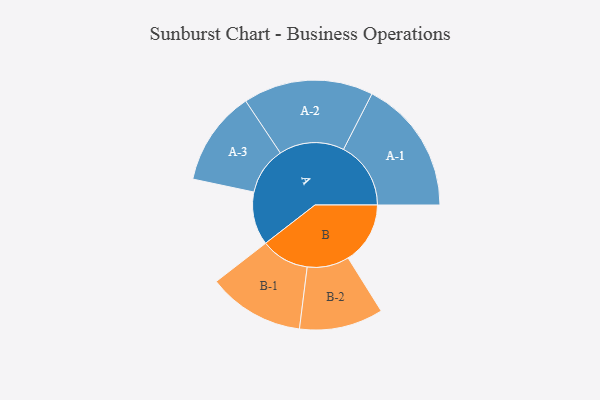
{"axis": {"x": "Segment", "y": "Value"}, "legend": ["", "A", "B"], "data": [{"x": "A", "y": 193, "type": ""}, {"x": "B", "y": 225, "type": ""}, {"x": "A-1", "y": 244, "type": "A"}, {"x": "A-2", "y": 236, "type": "A"}, {"x": "A-3", "y": 172, "type": "A"}, {"x": "B-1", "y": 175, "type": "B"}, {"x": "B-2", "y": 152, "type": "B"}]}